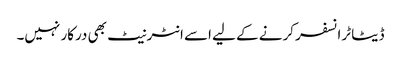
ڈیٹا ٹرانسفر کرنے کے لیے اسے انٹرنیٹ بھی درکار نہیں۔